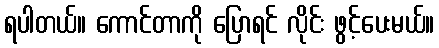
ရပါတယ်။ ကောင်တာကို ပြောရင် လိုင်း ဖွင့်ပေးမယ်။